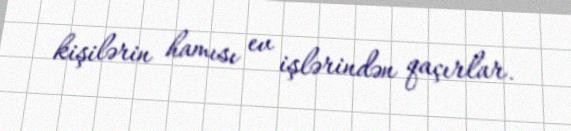
kişilərin hamısı ev işlərindən qaçırlar.